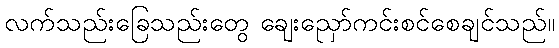
လက်သည်းခြေသည်းတွေ ချေးညှော်ကင်းစင်စေချင်သည်။